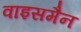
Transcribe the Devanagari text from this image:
वाइसमैन